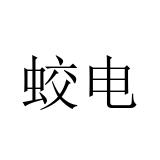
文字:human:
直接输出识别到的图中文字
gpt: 蛟电